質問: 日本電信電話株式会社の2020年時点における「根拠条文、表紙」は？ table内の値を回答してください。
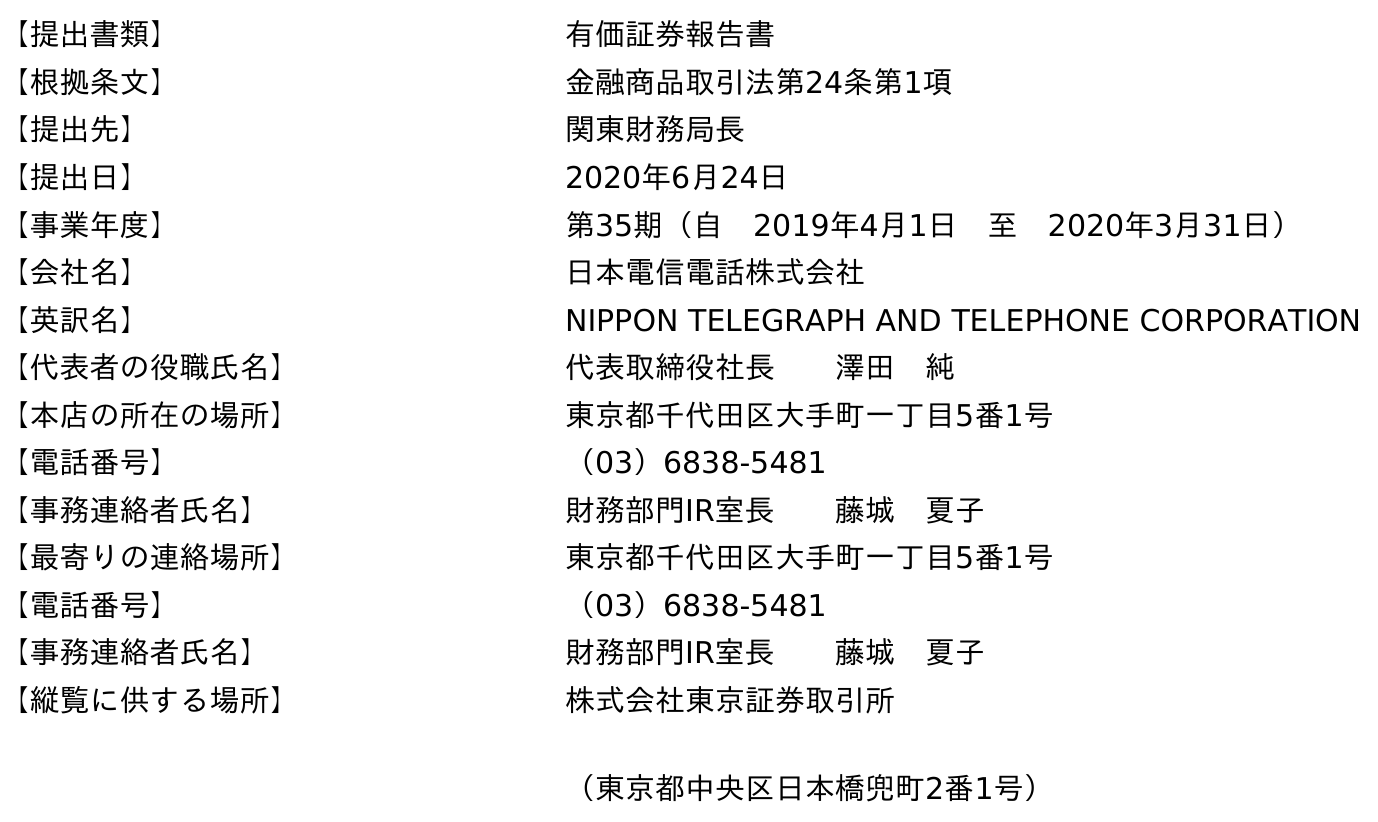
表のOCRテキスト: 【提出書類】 有価証券報告書 【根拠条文】 金融商品取引法第24条第1項 【提出先】 関東財務局長 【提出日】 2020年6月24日 【事業年度】 第35期（自 2019年4月1日 至 2020年3月31日） 【会社名】 日本電信電話株式会社 【英訳名】 NIPPON TELEGRAPH AND TELEPHONE CORPORATION 【代表者の役職氏名】 代表取締役社長  澤田 純 【本店の所在の場所】 東京都千代田区大手町一丁目5番1号 【電話番号】 （03）6838-5481 【事務連絡者氏名】 財務部門IR室長  藤城 夏子 【最寄りの連絡場所】 東京都千代田区大手町一丁目5番1号 【電話番号】 （03）6838-5481 【事務連絡者氏名】 財務部門IR室長  藤城 夏子 【縦覧に供する場所】 株式会社東京証券取引所 （東京都中央区日本橋兜町2番1号）
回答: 金融商品取引法第24条第1項